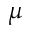
\mu